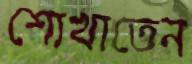
শোখাতেন